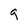
Character: g